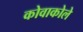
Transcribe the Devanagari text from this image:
कोवाकोले